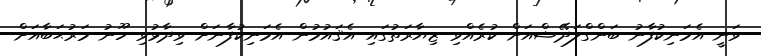
ވަނީ އެމަނިކުފާނު ބަންގްލަދޭޝްއަށް ކުރެއްވި ޒިޔާރަތުގައި އެޤައުމުން އެމަނިކުފާނަށް ވިދާޅުވި ހޫނު މަރުޙަބާއަށް